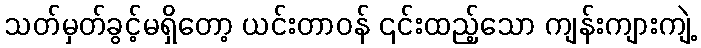
သတ်မှတ်ခွင့်မရှိတော့ ယင်းတာဝန် ၎င်းထည့်သော ကျန်းကျားကျဲ့